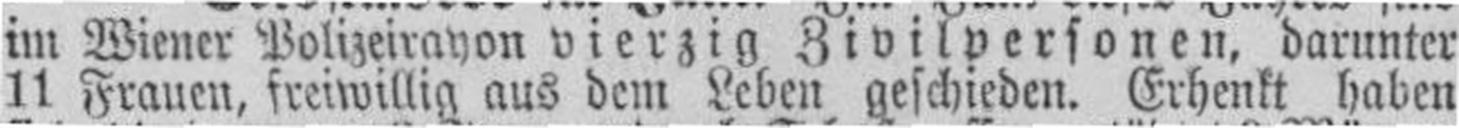
11 Frauen, freiwillig aus dem Leben geschieden. Erhenkt haben